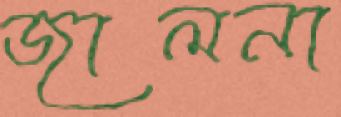
জালনা